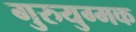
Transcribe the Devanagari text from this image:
गुरुयुग्मक